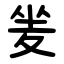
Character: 夎